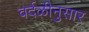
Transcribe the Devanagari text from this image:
वर्दळीनुसार